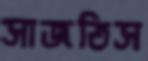
সাজতিস